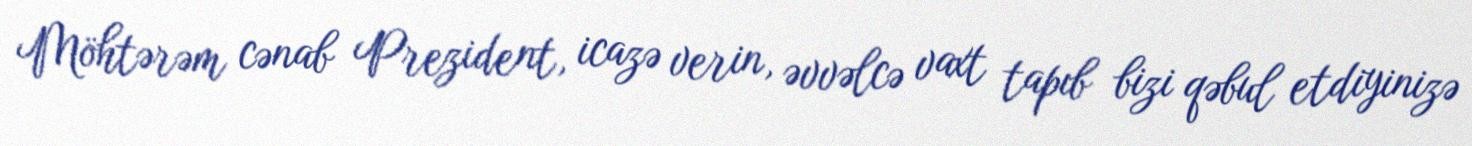
Möhtərəm cənab Prezident, icazə verin, əvvəlcə vaxt tapıb bizi qəbul etdiyinizə